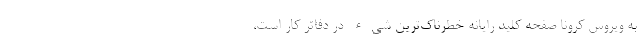
به ویروس کرونا صفحه کلید رایانه خطرناک‌ترین شیء در دفاتر کار است،